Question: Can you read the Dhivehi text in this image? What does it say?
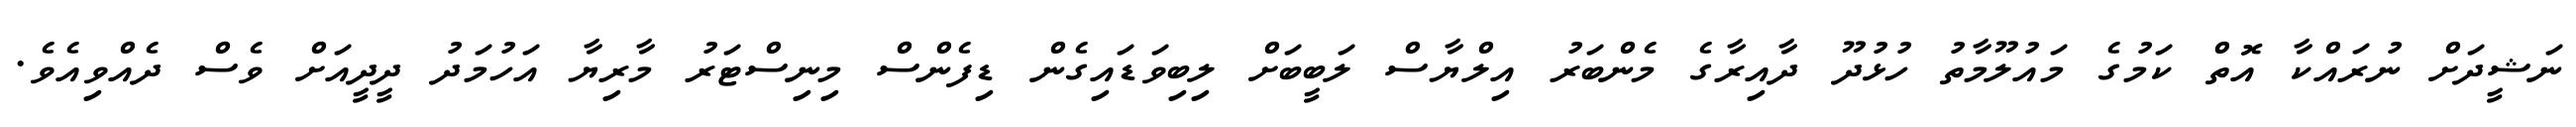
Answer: ނަޝީދަށް ނުރައްކާ އޮތް ކަމުގެ މައުލޫމާތު ހުޅުދޫ ދާއިރާގެ މެންބަރު އިލްޔާސް ލަބީބަށް ލިބިވަޑައިގެން ޑިފެންސް މިނިސްޓަރު މާރިޔާ އަހުމަދު ދީދީއަށް ވެސް ދެއްވިއެވެ.